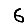
Digit: 6